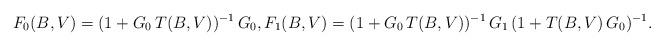
LaTeX: \begin{align*}F_0(B,V) & = (1+G_0\, T(B,V))^{-1}\, G_0, F_1(B,V) = (1+G_0\, T(B,V))^{-1}\, G_1\, (1+T(B, V)\, G_0 )^{-1}.\end{align*}